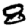
Digit: 8